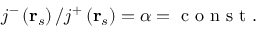
j ^ { - } \left( \mathbf { r } _ { s } \right) / j ^ { + } \left( \mathbf { r } _ { s } \right) = \alpha = \mathrm { ~ c ~ o ~ n ~ s ~ t ~ } .